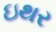
ઇથર